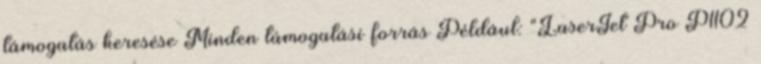
támogatás keresése Minden támogatási forrás Például: "LaserJet Pro P1102